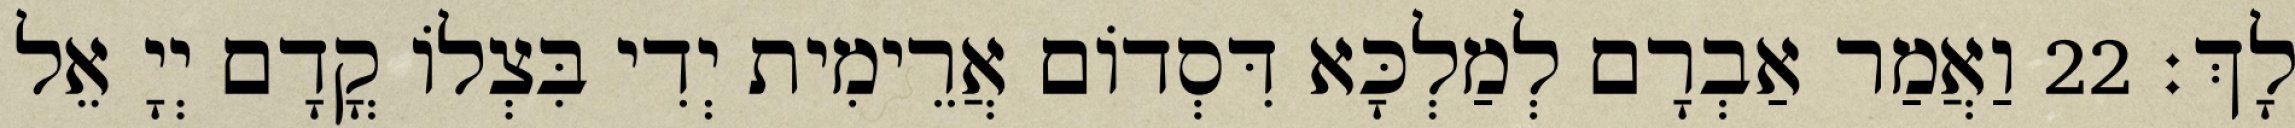
לָךְ׃ 22 וַאֲמַר אַבְרָם לְמַלְכָּא דִּסְדוֹם אֲרֵימִית יְדִי בִּצְלוֹ קֳדָם יְיָ אֵל